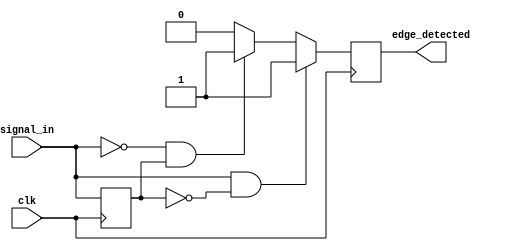
module differential_edge_detector (
    input wire clk,              // Clock signal
    input wire signal_in,        // Input signal
    output reg edge_detected     // Output signal indicating edge detection
);

// Memory element to store the previous state of the input signal
reg signal_prev;

// Initial block to set the initial state
initial begin
    signal_prev = 1'b0;          // Initialize previous state to 0
    edge_detected = 1'b0;        // Initialize edge_detected to 0
end

// Always block triggered on the rising edge of the clock
always @(posedge clk) begin
    // Edge detection logic
    if (signal_in && !signal_prev) begin
        edge_detected <= 1'b1;    // Rising edge detected
    end else if (!signal_in && signal_prev) begin
        edge_detected <= 1'b1;    // Falling edge detected
    end else begin
        edge_detected <= 1'b0;     // No edge detected
    end

    // Update the previous state
    signal_prev <= signal_in;    // Store current input state
end

endmodule